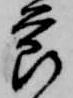
節